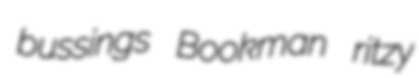
bussings Bookman ritzy